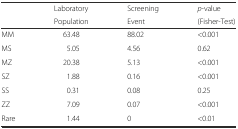
<table><thead><tr><td rowspan="2"></td><td><b>Laboratory</b></td><td><b>Screening</b></td><td><b><i>p</i>-value</b></td></tr><tr><td><b>Population</b></td><td><b>Event</b></td><td><b>(Fisher-Test)</b></td></tr></thead><tbody><tr><td>MM</td><td>63.48</td><td>88.02</td><td>&lt;0.001</td></tr><tr><td>MS</td><td>5.05</td><td>4.56</td><td>0.62</td></tr><tr><td>MZ</td><td>20.38</td><td>5.13</td><td>&lt;0.001</td></tr><tr><td>SZ</td><td>1.88</td><td>0.16</td><td>&lt;0.001</td></tr><tr><td>SS</td><td>0.31</td><td>0.08</td><td>0.25</td></tr><tr><td>ZZ</td><td>7.09</td><td>0.07</td><td>&lt;0.001</td></tr><tr><td>Rare</td><td>1.44</td><td>0</td><td>&lt;0.01</td></tr></tbody></table>